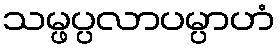
သမ္ဖပ္ပလာပမ္ပာဟံ